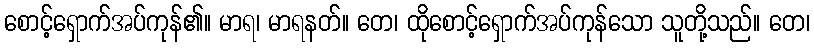
စောင့်ရှောက်အပ်ကုန်၏။ မာရ၊ မာရနတ်။ တေ၊ ထိုစောင့်ရှောက်အပ်ကုန်သော သူတို့သည်။ တေ၊